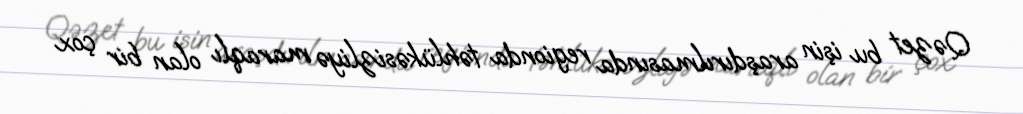
Qəzet bu işin araşdırılmasında regionda təhlükəsizliyə maraqlı olan bir çox